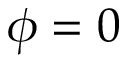
\phi = 0